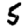
Digit: 5